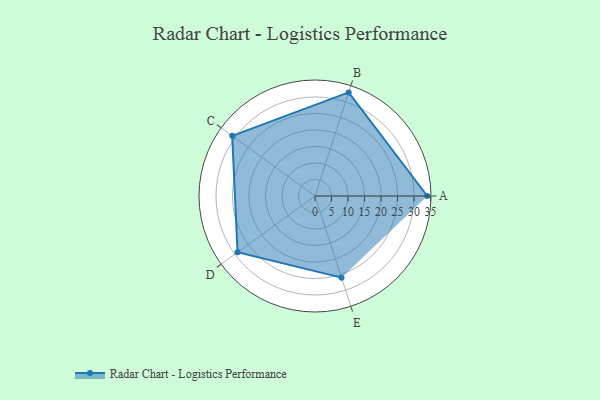
{"axis": {"x": "Skill", "y": "Score"}, "legend": ["Profile"], "data": [{"x": "A", "y": 34.0, "type": "Profile"}, {"x": "B", "y": 33.0, "type": "Profile"}, {"x": "C", "y": 31.0, "type": "Profile"}, {"x": "D", "y": 29.0, "type": "Profile"}, {"x": "E", "y": 26.0, "type": "Profile"}]}